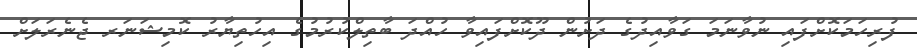
ފުރިހަމަކޮށްފައި ނުވާނަމަ ގަވާއިދުގެ ދަށުން ދޫކޮށްފައިވާ ހުއްދަ ބާތިލްކުރުމުގެ އިހުތިޔާރު ކޮމިޝަނަރ ޖެނެރަލަށް